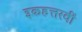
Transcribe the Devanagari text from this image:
इकहत्तरवीं